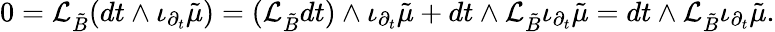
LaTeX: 0=\mathcal{L}_{{\tilde{B}}}(dt\wedge\iota_{\partial_{t}}{\tilde{\mu}})=(\mathcal{L}_{{\tilde{B}}}dt)\wedge\iota_{\partial_{t}}{\tilde{\mu}}+dt\wedge\mathcal{L}_{{\tilde{B}}}\iota_{\partial_{t}}{\tilde{\mu}}=dt\wedge\mathcal{L}_{{\tilde{B}}}\iota_{\partial_{t}}{\tilde{\mu}}.